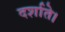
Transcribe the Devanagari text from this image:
दर्शाते।